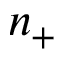
n _ { + }